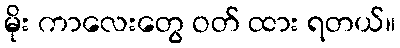
မိုး ကာလေးတွေ ဝတ် ထား ရတယ်။